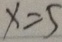
x = 5